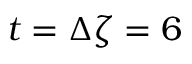
t = \Delta \zeta = 6